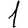
Digit: 1